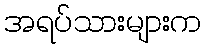
အရပ်သားများက